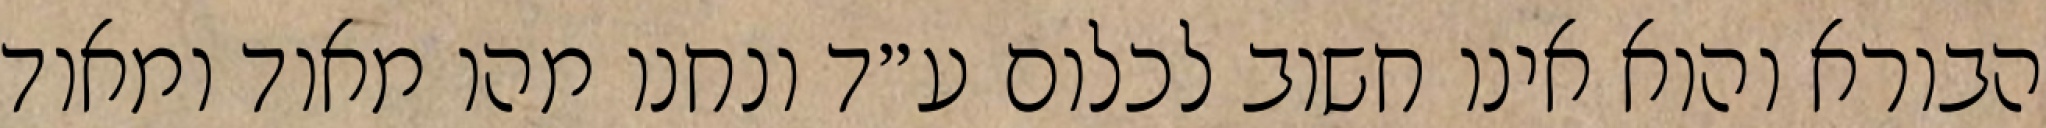
הבורא והוא אינו חשוב לכלום ע״ד ונחנו מהו מאוד ומאוד